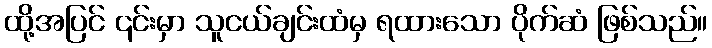
ထို့အပြင် ၎င်းမှာ သူငယ်ချင်းထံမှ ရထားသော ပိုက်ဆံ ဖြစ်သည်။